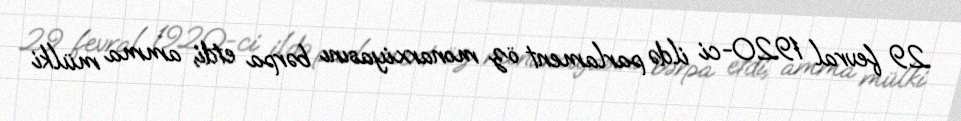
29 fevral 1920-ci ildə parlament öz monarxiyasını bərpa etdi, amma mülki